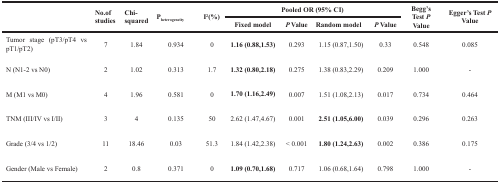
| <ROWSPAN=2>  | <ROWSPAN=2> No.of studies | <ROWSPAN=2> Chi-squared | <ROWSPAN=2> Pheterogeneity | <ROWSPAN=2> I2(%) | <COLSPAN=4> Pooled OR (95% CI) | <ROWSPAN=2> Begg’s Test P Value | <ROWSPAN=2> Egger’s Test P Value |
 | --- | --- | --- | --- | --- | --- | --- | --- | --- | --- | --- |
 | Fixed model | PValue | Random model | PValue |
 | Tumor stage (pT3/pT4 vs pT1/pT2) | 7 | 1.84 | 0.934 | 0 | 1.16 (0.88,1.53) | 0.293 | 1.15 (0.87,1.50) | 0.33 | 0.548 | 0.085 |
 | N (N1-2 vs N0) | 2 | 1.02 | 0.313 | 1.7 | 1.32 (0.80,2.18) | 0.275 | 1.38 (0.83,2.29) | 0.209 | 1.000 | - |
 | M (M1 vs M0) | 4 | 1.96 | 0.581 | 0 | 1.70 (1.16,2.49) | 0.007 | 1.51 (1.08,2.13) | 0.017 | 0.734 | 0.464 |
 | TNM (III/IV vs I/II) | 3 | 4 | 0.135 | 50 | 2.62 (1.47,4.67) | 0.001 | 2.51 (1.05,6.00) | 0.039 | 0.296 | 0.263 |
 | Grade (3/4 vs 1/2) | 11 | 18.46 | 0.03 | 51.3 | 1.84 (1.42,2.38) | < 0.001 | 1.80 (1.24,2.63) | 0.002 | 0.386 | 0.175 |
 | Gender (Male vs Female) | 2 | 0.8 | 0.371 | 0 | 1.09 (0.70,1.68) | 0.717 | 1.06 (0.68,1.64) | 0.798 | 1.000 | - |